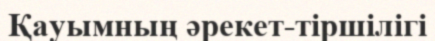
Қауымның әрекет-тіршілігі